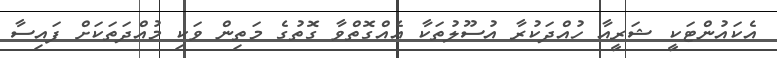
އެކައުންޓަކީ ޝަރީއާ ހުއްދަކުރާ އުސޫލުތަކާ އެއްގޮތްވާ ގޮތުގެ މަތިން ވަކި މުއްދަތަކަށް ފައިސާ